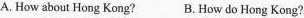
A.How about Hong Kong? B. How do Hong Kong?